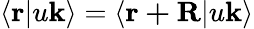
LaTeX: \langle\mathbf{r}|u\mathbf{k}\rangle=\langle\mathbf{r+R}|u\mathbf{k}\rangle